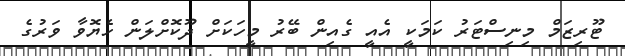
ޓޫރިޒަމް މިނިސްޓަރު ކަމަކީ އެއީ ގެއިން ބޭރު މީހަކަށް ދޫކޮށްލަން ހެޔޮވާ ވަރުގެ